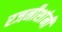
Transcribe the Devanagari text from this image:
रजनीशांनी